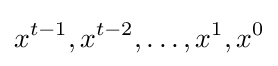
x^{t-1},x^{t-2},\dots ,x^{1},x^{0}